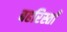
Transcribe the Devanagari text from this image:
बहरिस्ताँ